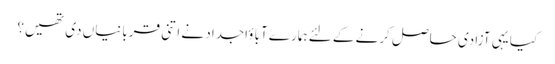
کیا یہی آزادی حاصل کرنے کے لئے ہمارے آباؤاجداد نے اتنی قربانیاں دی تھیں؟